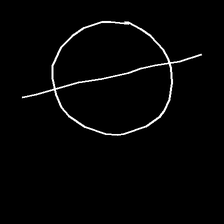
Glyph: orb